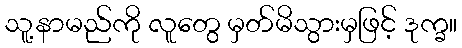
သူ့နာမည်ကို လူတွေ မှတ်မိသွားမှဖြင့် ဒုက္ခ။